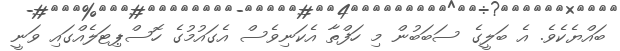
ބައްޔެކެވެ. އެ ބަލީގެ ސަބަބުން މި ހަފްތާ އެކަނިވެސް އެގައުމުގެ ހޮސްޕިޓަލެއްގައި ވަނީ